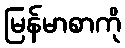
မြန်မာစာကို